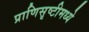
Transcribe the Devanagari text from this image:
प्राणिसृष्टीमध्ये